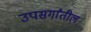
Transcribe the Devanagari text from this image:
उपसर्गांतील